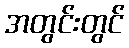
အတွင်းတွင်